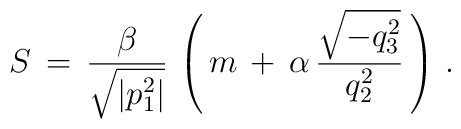
S\,=\,\frac{\beta}{\sqrt{|p_1^2|}}\,\left (\,m\,+\,\alpha\,\frac{\sqrt{-q_3^2}}{q_2^2}\,\right )\,{.}